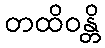
တထိဝန္တိ